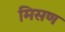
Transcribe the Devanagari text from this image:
मिसण